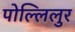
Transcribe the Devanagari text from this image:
पोल्लिलुर